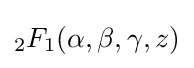
_{2}F_{1}(\alpha ,\beta ,\gamma ,z)